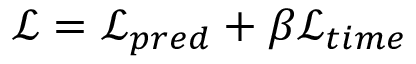
\mathcal { L } = \mathcal { L } _ { p r e d } + \beta \mathcal { L } _ { t i m e }